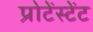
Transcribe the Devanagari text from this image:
प्रोटेंस्टेंट